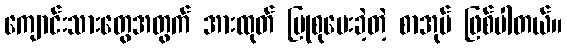
ကျောင်းသားတွေအတွက် အားထုတ် ပြုစုပေးခဲ့တဲ့ စာအုပ် ဖြစ်ပါတယ်။